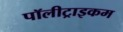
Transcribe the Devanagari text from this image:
पॉलीट्राइकम